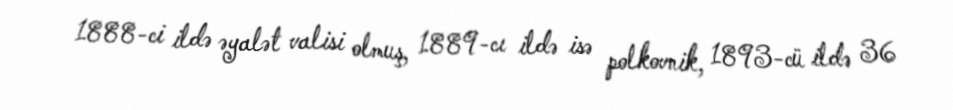
1888-ci ildə əyalət valisi olmuş, 1889-cı ildə isə polkovnik, 1893-cü ildə 36